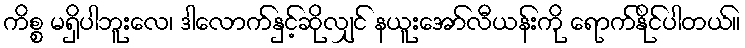
ကိစ္စ မရှိပါဘူးလေ၊ ဒါလောက်နှင့်ဆိုလျှင် နယူးအော်လီယန်းကို ရောက်နိုင်ပါတယ်။